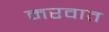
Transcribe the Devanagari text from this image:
मरवात